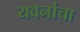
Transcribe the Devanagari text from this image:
यवनांचा